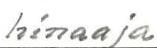
hinaaja